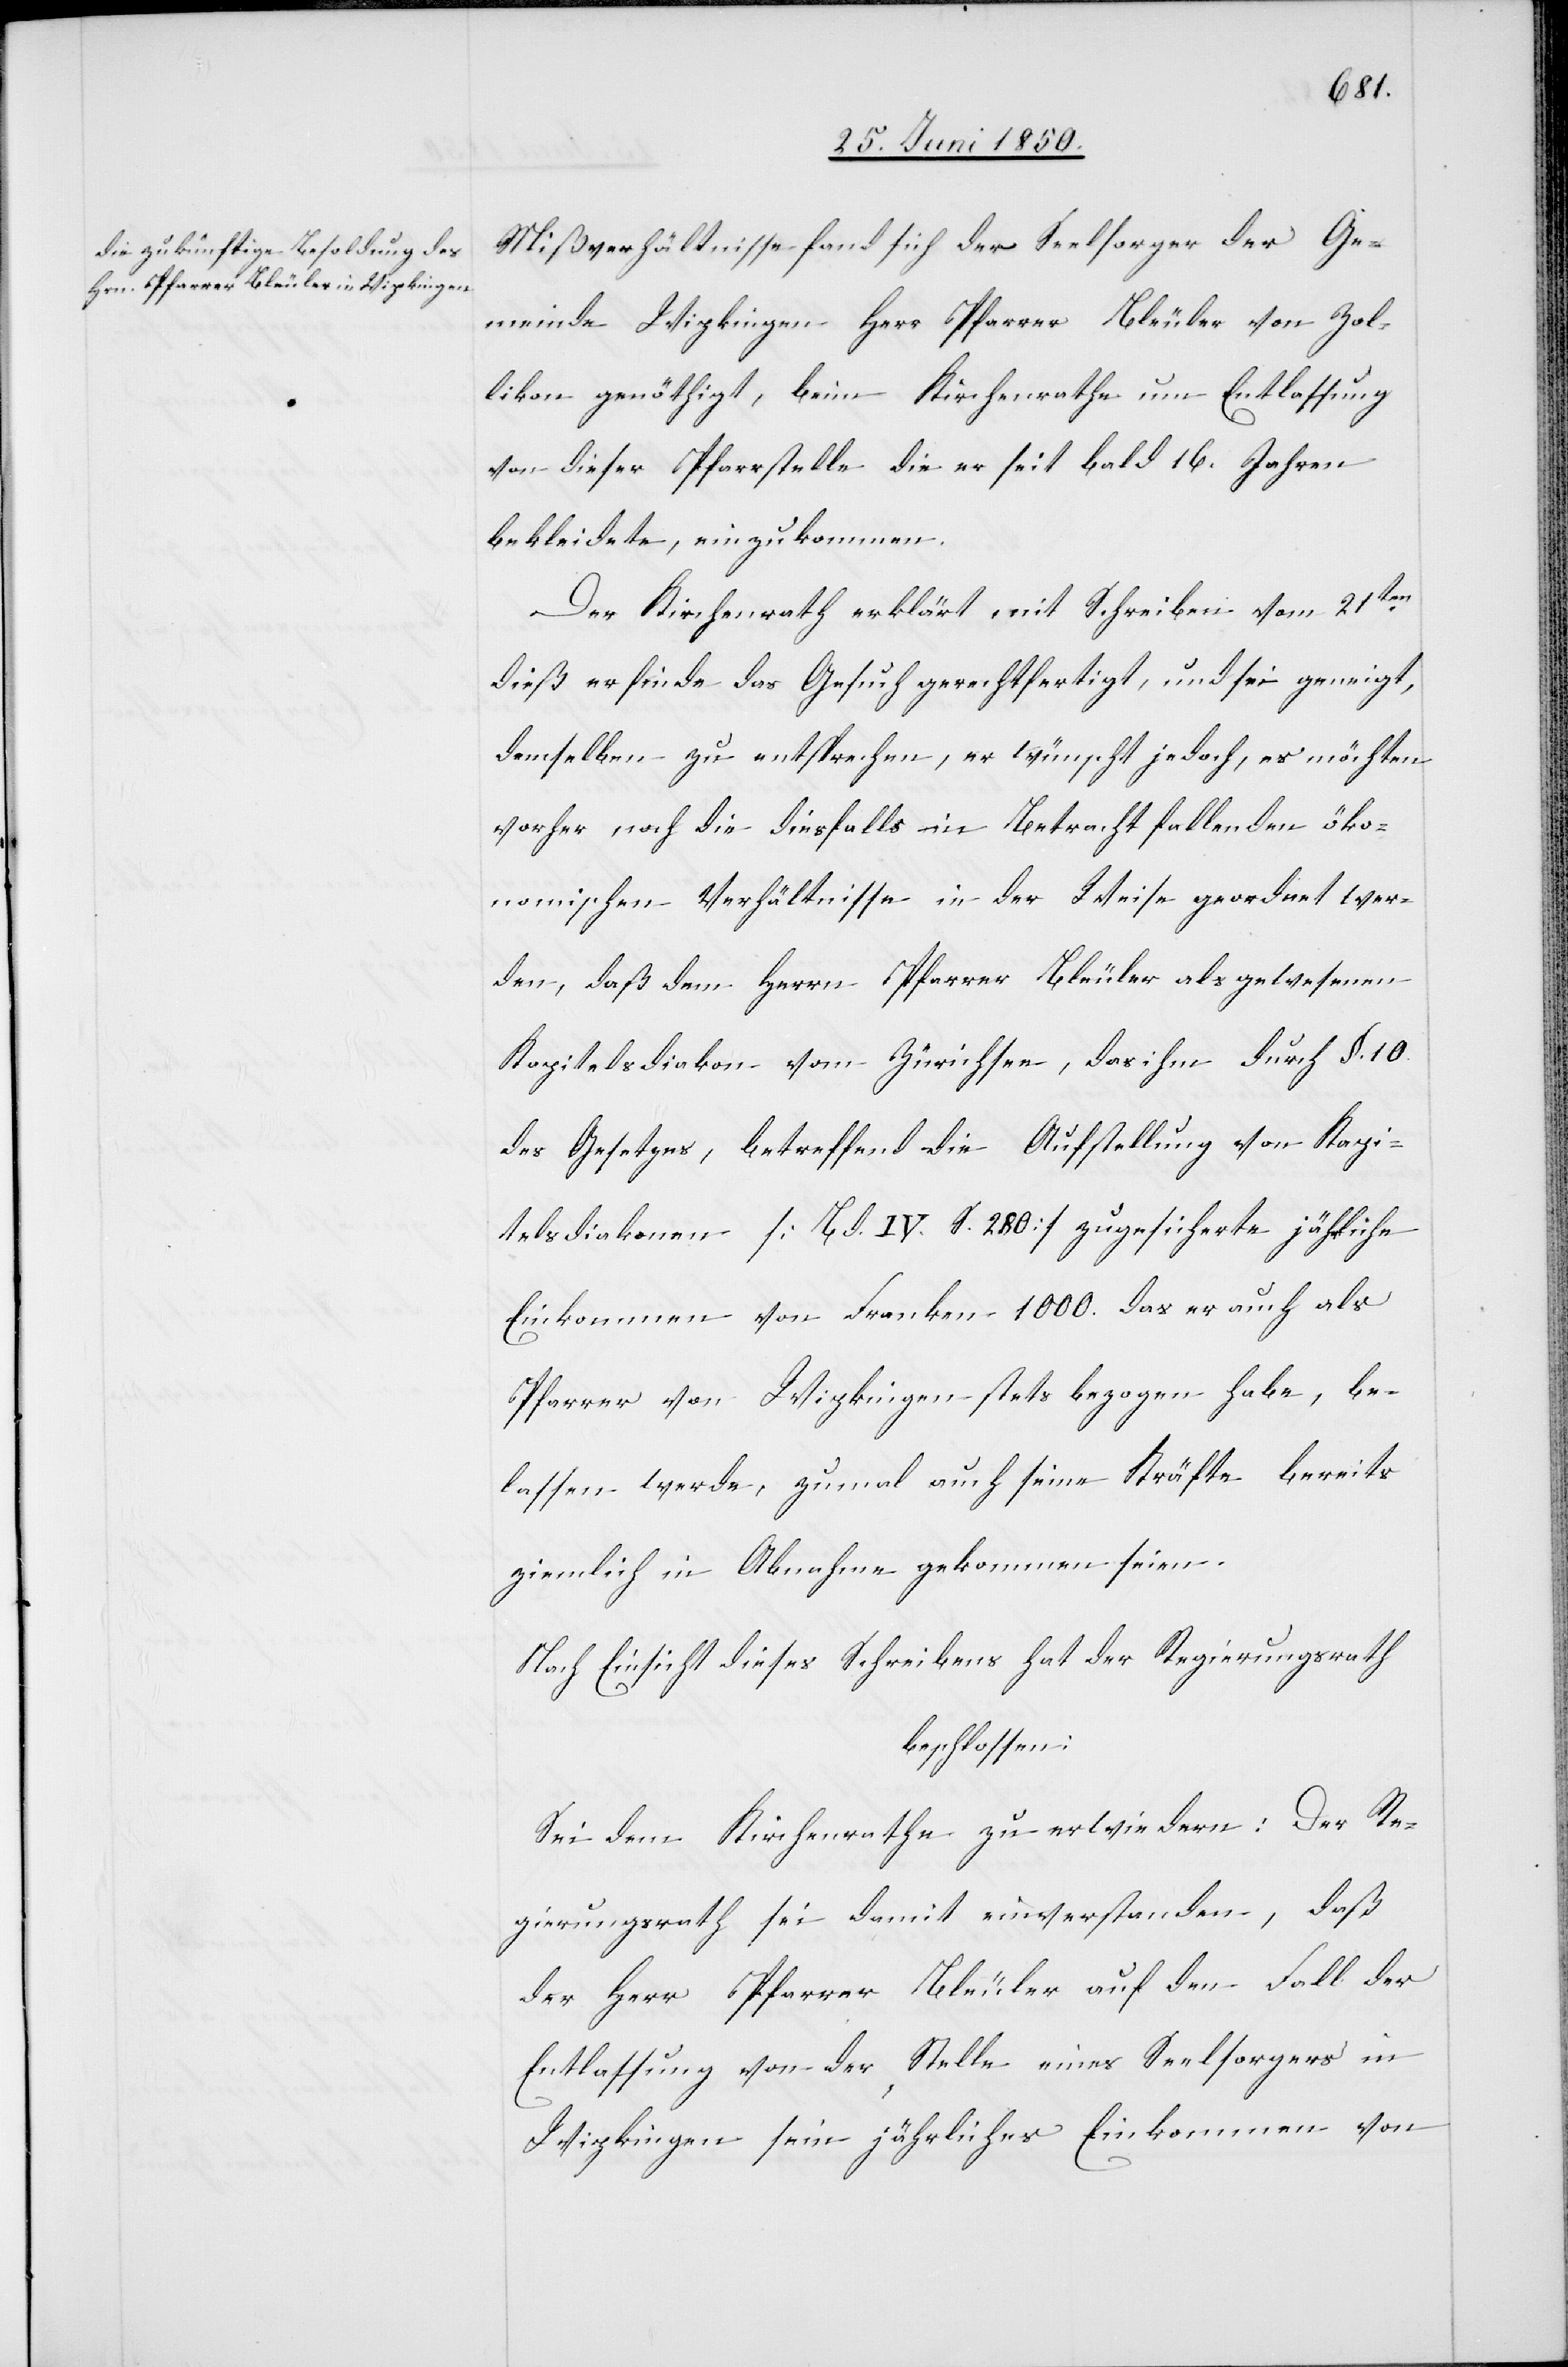
Mißverhältnisse fand sich der Seelsorger der Ge¬
meinde Wipkingen Herr Pfarrer Bleuler von Zol¬
likon genöthigt, beim Kirchenrathe um Entlassung
von dieser Pfarrstelle die er seit bald 16. Jahren
bekleidete, einzukommen.
Der Kirchenrath erklärt mit Schreiben vom 21ten
dieß er finde das Gesuch gerechtfertigt, und sei geneigt,
demselben zu entsprechen, er wünscht jedoch, es möchten
vorher noch die diesfalls in Betracht fallenden öko¬
nomischen Verhältnisse in der Weise geordnet wer¬
den, daß dem Herrn Pfarrer Bleuler als gewesenen
Kapitelsdiakon vom Zürichsee, das ihm durch §. 10.
des Gesetzes, betreffend die Aufstellung von Kapi¬
telsdiakonen [Bd. IV. S. 280] zugesicherte jährliche
Einkommen von Franken 1000. das er auch als
Pfarrer von Wipkingen stets bezogen habe, be¬
lassen werde, zumal auch seine Kräfte bereits
ziemlich in Abnahme gekommen seien.
Nach Einsicht dieses Schreibens hat der Regierungsrath
beschlossen:
Sei dem Kirchenrathe zu erwiedern: Der Re¬
gierungsrath sei damit einverstanden, daß
der Herr Pfarrer Bleuler auf den Fall der
Entlassung von der Stelle eines Seelsorgers in
Wipkingen sein jährliches Einkommen von